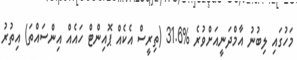
މަހުގައި ލިބުނު އާމްދަނީއަށްވުރެ %31.6 (ތިރީސް އެކެއް ޕޮއިންޓް ހައެއް އިންސައްތަ) އިތުރު